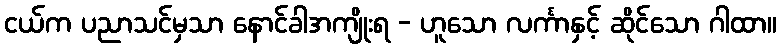
ငယ်က ပညာသင်မှသာ နောင်ခါအကျိုးရ - ဟူသော လင်္ကာနှင့် ဆိုင်သော ဂါထာ။